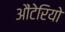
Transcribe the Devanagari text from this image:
औंटेरियो